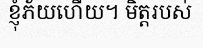
ខ្ញុំភ័យហើយ។ មិត្តរបស់